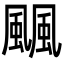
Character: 䬕